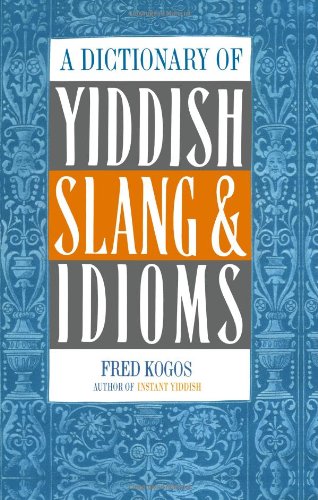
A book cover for A Dictionary Of Yiddish Slang & Idioms; Fred Kogos; Reference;